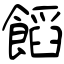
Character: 饀